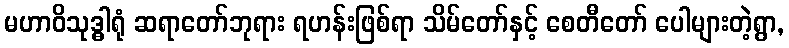
မဟာဝိသုဒ္ဓါရုံ ဆရာတော်ဘုရား ရဟန်းဖြစ်ရာ သိမ်တော်နှင့် စေတီတော် ပေါများတဲ့ရွာ,